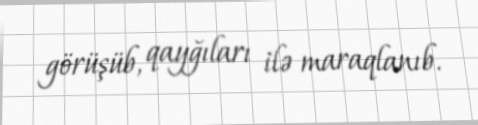
görüşüb, qayğıları ilə maraqlanıb.